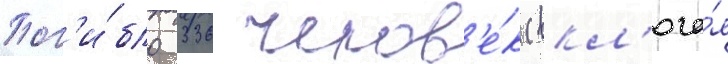
Пог'и́бло 336 челов'е́к (вкл'юча́я